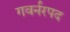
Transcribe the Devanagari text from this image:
गवर्नरपद